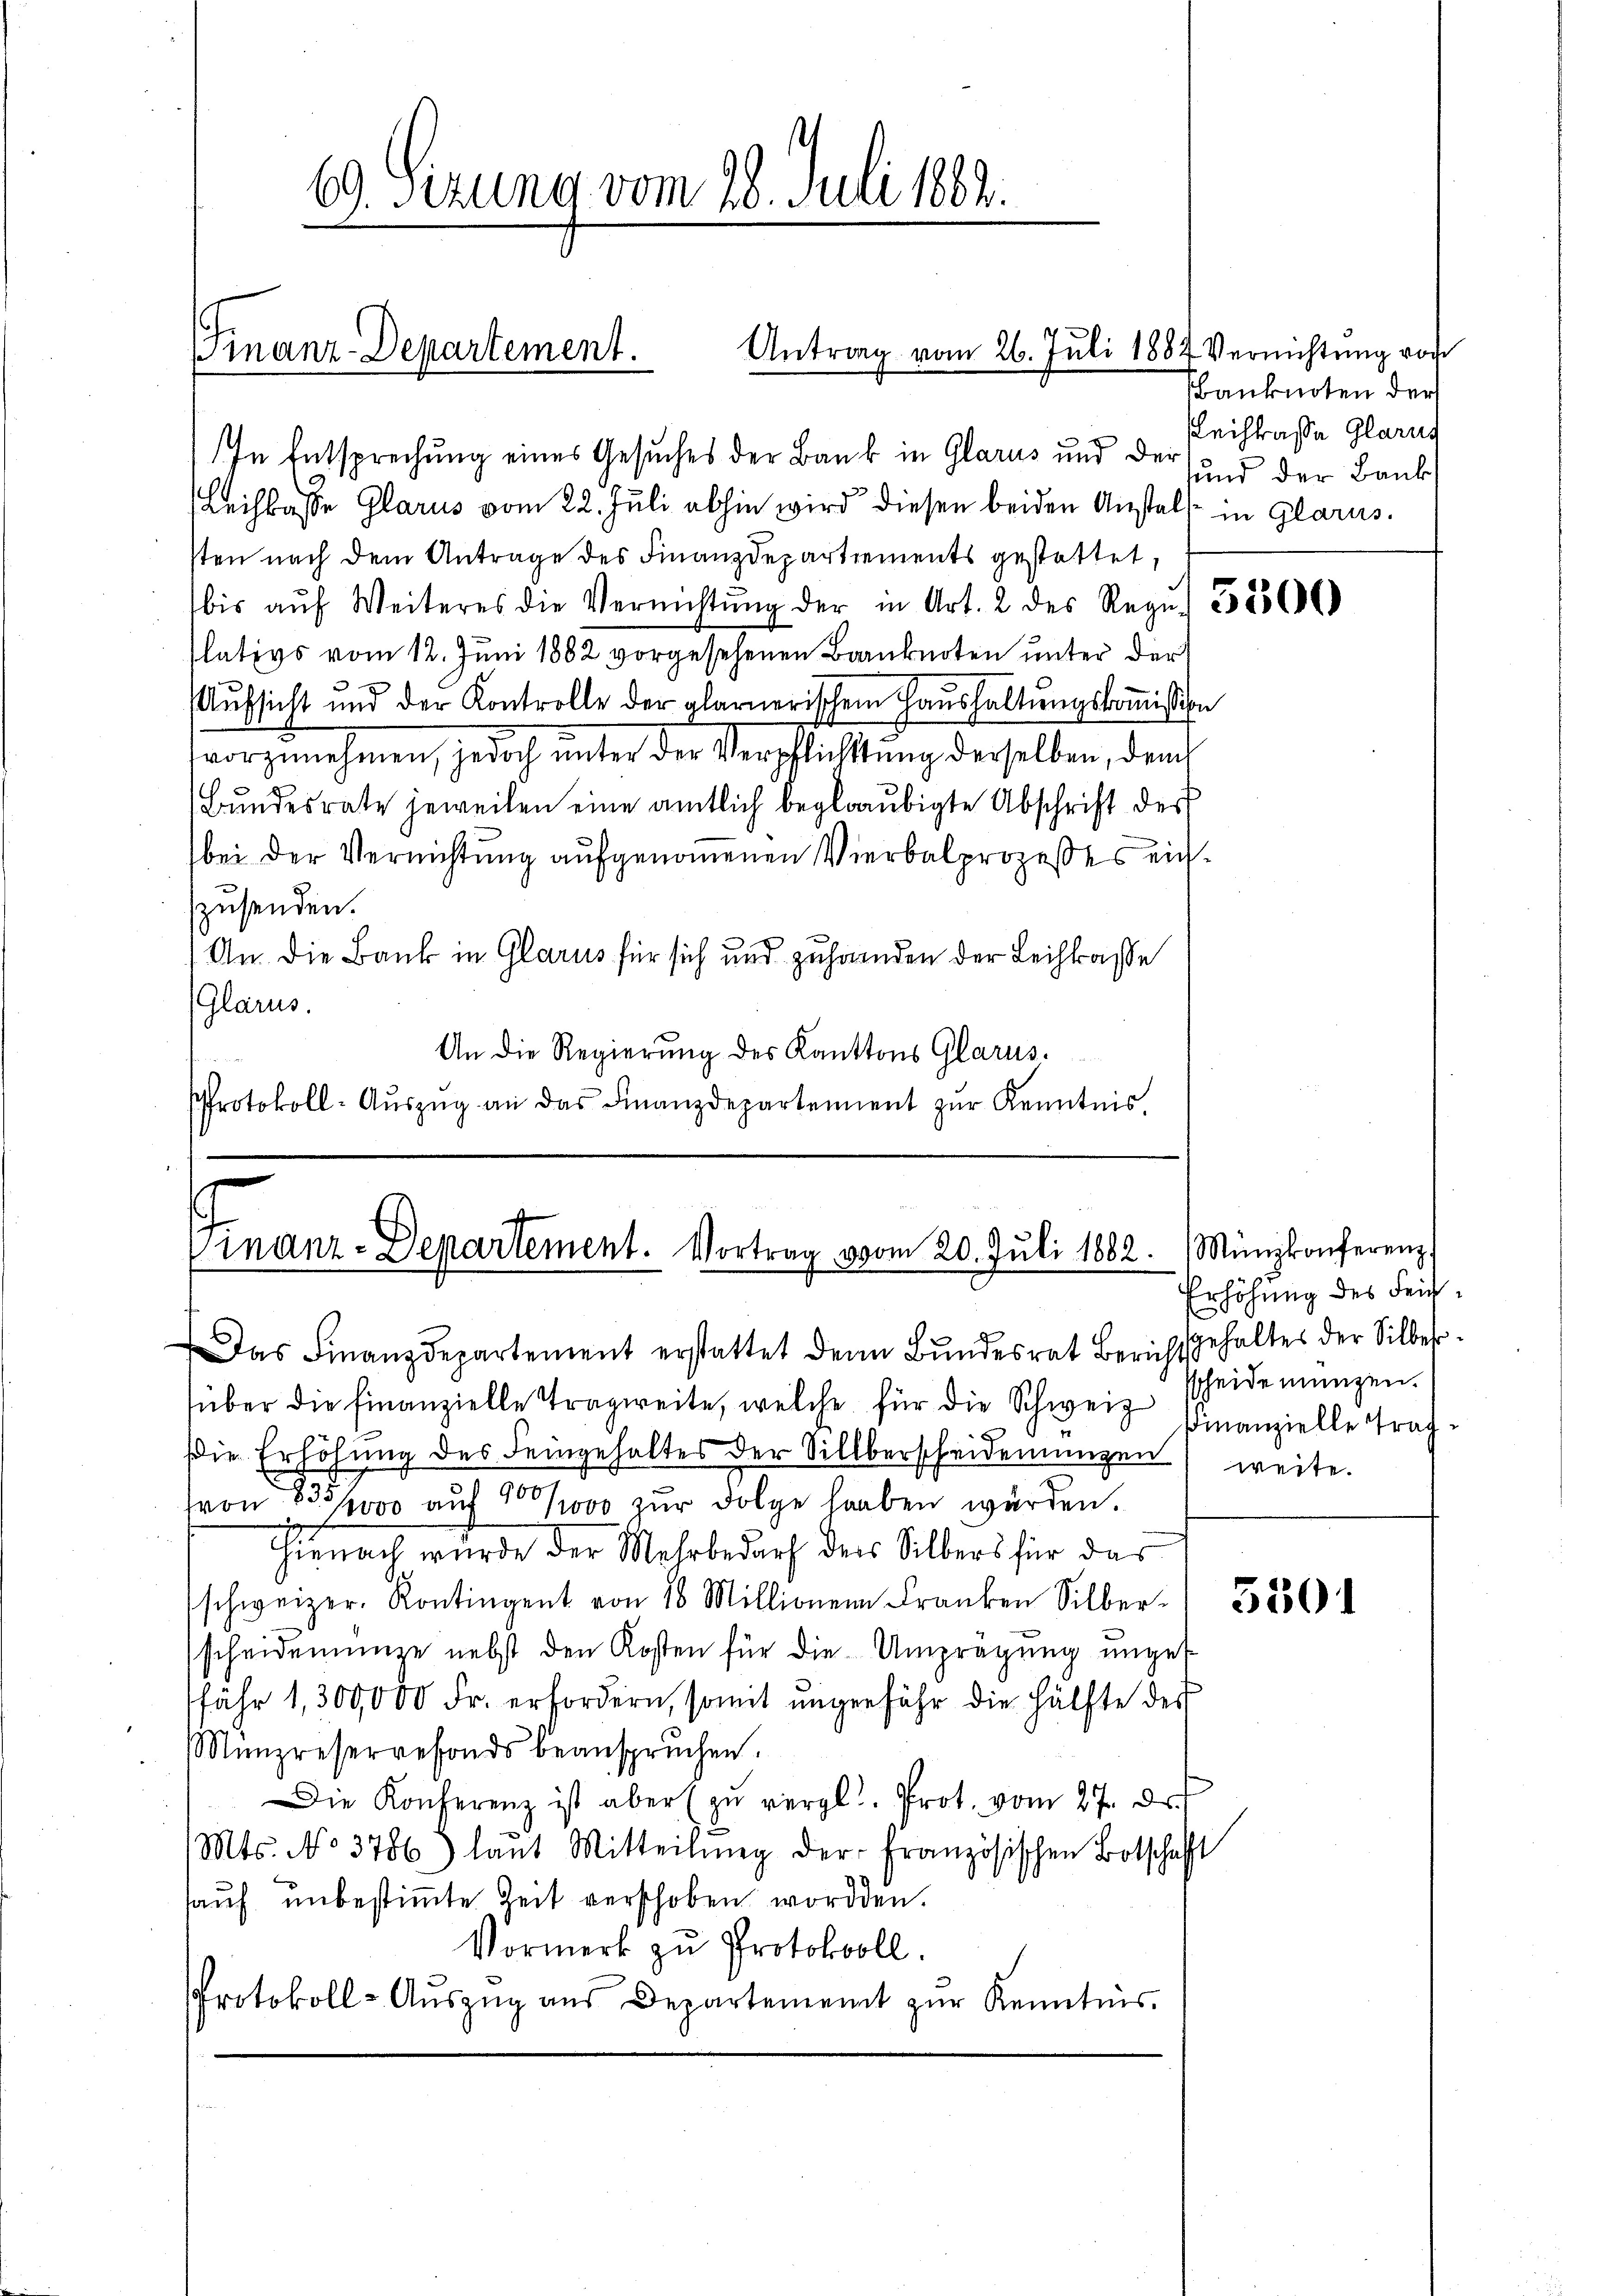
In Entsprechung eines Gesuches der Bank in Glarus und der
Leihkasse Glarus vom 22. Juli abhin wird diesen beiden Anstalt in Glarus.
sten nach dem Antrage des Finanzdepartements gestattet,
bis aŭf Weiteres die Vernichtŭng der in Art. 2 des Reg. 385
slativs vom 12. Juni 1862 vorgesehenen Banknoten unter der
Aufsicht und der Kontrolle der glarnerischem Haŭshaltŭngskoṁission
vorzunehmen, jedoch unter der Verpflichtung derselben, dem
Bundesrate jeweilen eine amtlich beglaubigte Abschrift des
bei der Vernichtung aufgenommenen Vierbalprozesses eichzusenden.
An. Die Bank in Glarus für sich und zuhanden der Leihkasse
(Glarus.
An die Regierung des Kantons Glarus.
Protokoll-Aŭszŭg an das Finanzdepartement zŭr Kenntnis.

69. Sizung vom 28. Juli 1882.

über die Finanzielle Tragweite, welche für die Schweiz scheidemünzen.
Die Erhöhung des Feingehaltes der Sillberscheidemangen, weite.
von 835,000 auf 100000 zur Folge haben würden.
Hienach wurde der Mehrbedarf der Silbers für das
schweizer. Kontingent von 18 Millionen Franken Silber. 3550
scheidemenge nebst den Kosten für die Umprägung unget
fähr 1,300,000 Fr. erfordern, somit ungefähr die Hälfte der
Münzreservefonds beanspruchen.
Die Konferenz ist aber zŭ vergl. Prot. vom 27. Dr.
Mts. No 3786) laut Mitteilŭng der französischen Botschaft
hauf unbestimmte Zeit verschoben worden.
Vormerk zu Protokoll.
Protokoll-Aŭszŭg aŭs Departement zŭr Kenntnis.

Finanz-Departement.

Antrag vom 26. Juli 1887 Vernichtung von

Finanz-Departement. Vortrag vom 20. Juli 1882.
Das Finanzdepartement erstattet denn Bundesrat Berichtgehaltes der Silber

Fbanknoten der
Leihkasse Glarus
sund der Bauk

Münzkonferenz
Erhöhung des Feichf
Finanzielle Trag